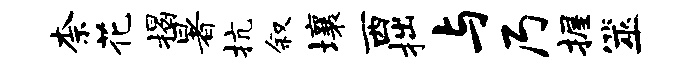
柰花揭暑抗叙壤西拙与乃握筮